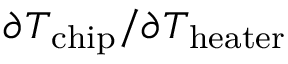
\partial T _ { \mathrm { c h i p } } / \partial T _ { \mathrm { h e a t e r } }